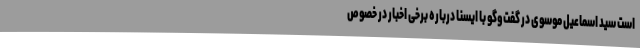
است سید اسماعیل موسوی در گفت‌وگو با ایسنا درباره برخی اخبار در خصوص